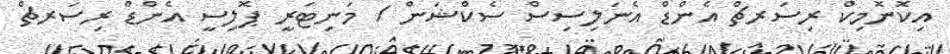
އިކޮނޮމިކް ރިސަރޗް އެންޑް އެނަލިސިސް ސެކްޝަން / މަނިޓަރީ ޕޮލިސީ އެންޑް ރިސަރޗް